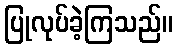
ပြုလုပ်ခဲ့ကြသည်။